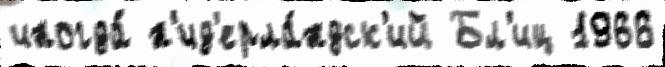
иногда́ н'ид'ерла́ндск'ий Бл'иц 1966